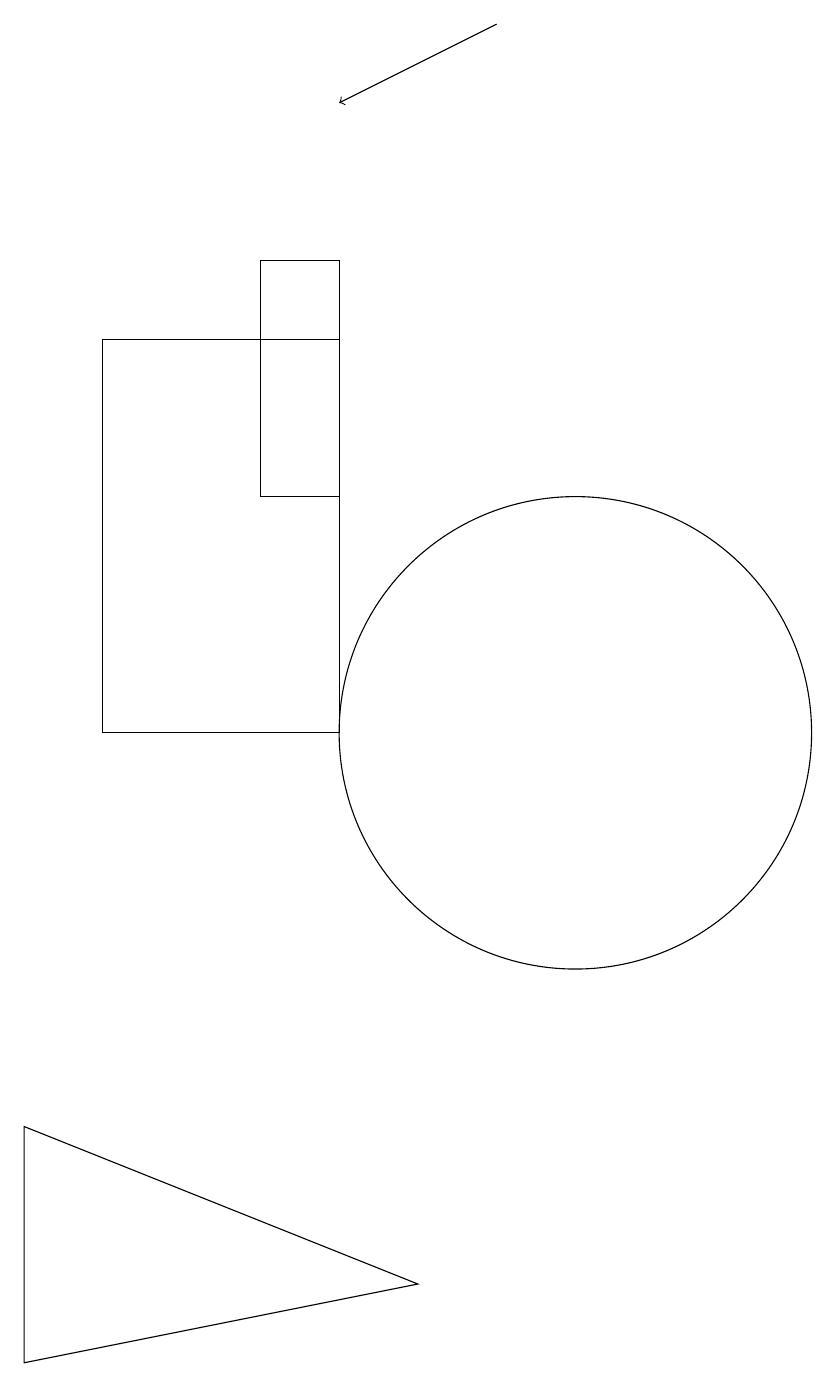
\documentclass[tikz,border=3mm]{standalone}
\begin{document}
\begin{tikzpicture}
\draw (4,15) rectangle (7,10);
\draw[->] (9,19) -- (7,18);
\draw (8,3) -- (3,2) -- (3,5) -- cycle;
\draw (10,10) circle (3);
\draw (7,16) rectangle (6,13);
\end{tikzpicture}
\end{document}